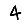
Digit: 4